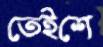
তেইশে